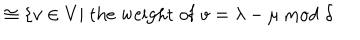
\hspace { . 8 i n } \cong \{ v \in V | \mathrm { \; t h e \; w e i g h t \; o f \; } v = \lambda - \mu \mathrm { \; m o d \; } \delta